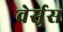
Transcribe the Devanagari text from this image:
वेर्सुस